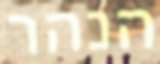
הנהר